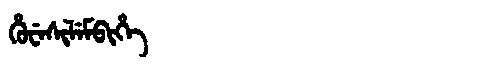
Manchu: ᡥᡠᠸᡝᠰᡳᠯᡝᠮᠪᡳᡥᡝ
Romanization: HUWESILEMBIHE